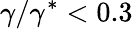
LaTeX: \gamma/\gamma^{*}<0.3